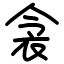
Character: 衾